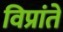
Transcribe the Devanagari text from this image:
विप्रांते